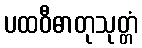
ပထဝီဓာတုသုတ္တံ